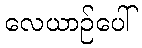
လေယာဉ်ပေါ်